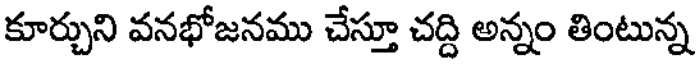
కూర్చుని వనభోజనము చేస్తూ చద్ది అన్నం తింటున్న